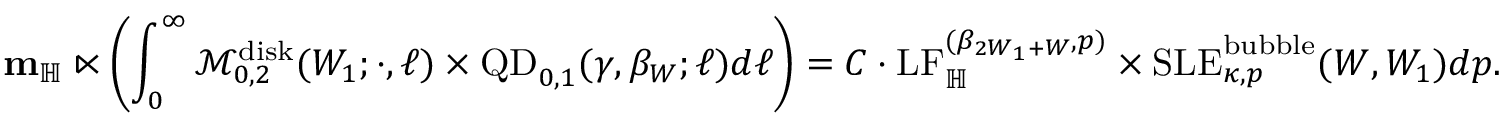
\mathbf { m } _ { \mathbb H } \ltimes \left( \int _ { 0 } ^ { \infty } \mathcal { M } _ { 0 , 2 } ^ { \mathrm { d i s k } } ( W _ { 1 } ; \cdot , \ell ) \times \mathrm { Q D } _ { 0 , 1 } ( \gamma , \beta _ { W } ; \ell ) d \ell \right) = C \cdot \mathrm { L F } _ { \mathbb H } ^ { ( \beta _ { 2 W _ { 1 } + W } , p ) } \times \mathrm { S L E } _ { \kappa , p } ^ { \mathrm { b u b b l e } } ( W , W _ { 1 } ) d p .